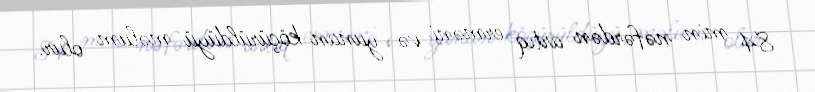
84 min nəfərdən artıq erməni və yunan köçürüldüyü məlum olur.